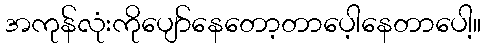
အကုန်လုံးကိုပျော်နေတော့တာပေ့ါနေတာပေါ့။